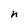
Character: n